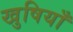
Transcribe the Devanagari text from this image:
खुषियाँ